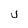
Character: j